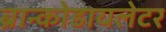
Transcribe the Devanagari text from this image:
ब्रान्कोडायलेटर